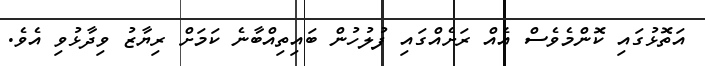
އަތޮޅުގައި ކޮންމެވެސް އެއް ރަށެއްގައި ފުލުހުން ބައިތިއްބާނެ ކަމަށް ރިޔާޒު ވިދާޅުވި އެވެ.